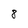
Character: 8